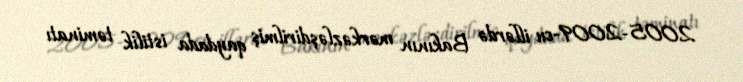
2005-2009-cu illərdə Bakının mərkəzləşdirilmiş qaydada istilik təminatı